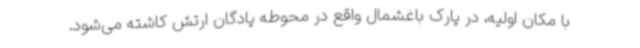
با مکان اولیه، در پارک باغشمال واقع در محوطه پادگان ارتش کاشته می‌شود.